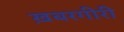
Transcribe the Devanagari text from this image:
ख़बरगीरी